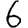
Digit: 6